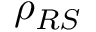
\rho _ { R S }